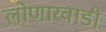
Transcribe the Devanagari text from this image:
लोणारवाडी